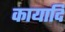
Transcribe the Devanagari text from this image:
कायादि